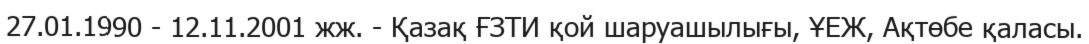
27.01.1990 - 12.11.2001 жж. - Қазақ ҒЗТИ қой шаруашылығы, ҰЕЖ, Ақтөбе қаласы.